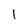
Character: l